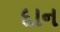
દાન